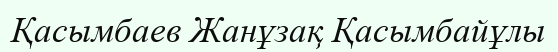
Қасымбаев Жанұзақ Қасымбайұлы